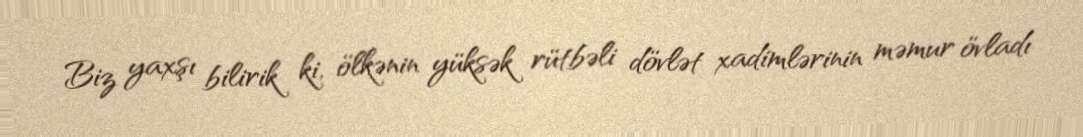
Biz yaxşı bilirik ki, ölkənin yüksək rütbəli dövlət xadimlərinin məmur övladı